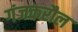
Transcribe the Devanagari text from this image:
गंजकरौल